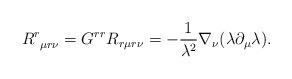
LaTeX: \begin{align*}R^{r}_{\ \mu r\nu }=G^{rr}R_{r\mu r\nu }=-\frac{1}{\lambda ^{2}}\nabla _{\nu }(\lambda\partial _{\mu }\lambda ).\end{align*}